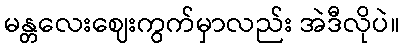
မန္တလေးဈေးကွက်မှာလည်း အဲဒီလိုပဲ။